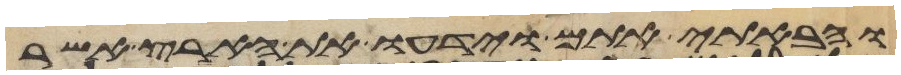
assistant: והבאתי אתם וידעו את הארץ אשר